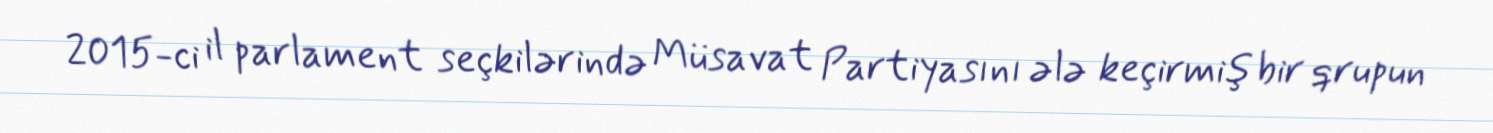
2015-ci il parlament seçkilərində Müsavat Partiyasını ələ keçirmiş bir qrupun